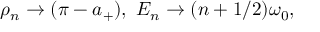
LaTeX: \rho _ { n } \rightarrow ( \pi - a _ { + } ) , \ { \cal E } _ { n } \rightarrow ( n + 1 / 2 ) \omega _ { 0 } ,